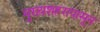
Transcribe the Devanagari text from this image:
मुख्यशहरापासून